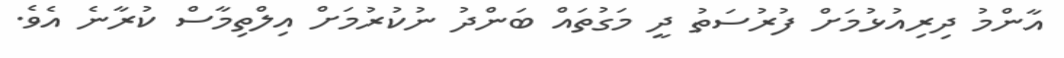
އާންމު ދިރިއުޅުމަށް ފުރުސަތު ދީ މަގުތައް ބަންދު ނުކުރުމަށް އިލްތިމާސް ކުރާނެ އެވެ.